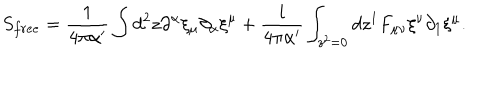
S _ { f r e e } = \frac { 1 } { 4 \pi \alpha ^ { \prime } } \int d ^ { 2 } z \partial ^ { \alpha } \xi _ { \mu } \partial _ { \alpha } \xi ^ { \mu } + \frac { i } { 4 \pi \alpha ^ { \prime } } \int _ { z ^ { 2 } = 0 } d z ^ { 1 } F _ { \mu \nu } \xi ^ { \nu } \partial _ { 1 } \xi ^ { \mu } .